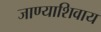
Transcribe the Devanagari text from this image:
जाण्याशिवाय